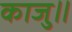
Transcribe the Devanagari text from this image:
काजु॥